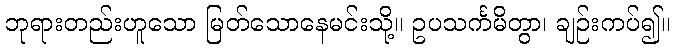
ဘုရားတည်းဟူသော မြတ်သောနေမင်းသို့။ ဥပသင်္ကမိတွာ၊ ချဉ်းကပ်၍။